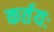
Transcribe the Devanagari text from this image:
कर्तयः